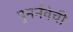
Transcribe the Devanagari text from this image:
पुनर्नवेची